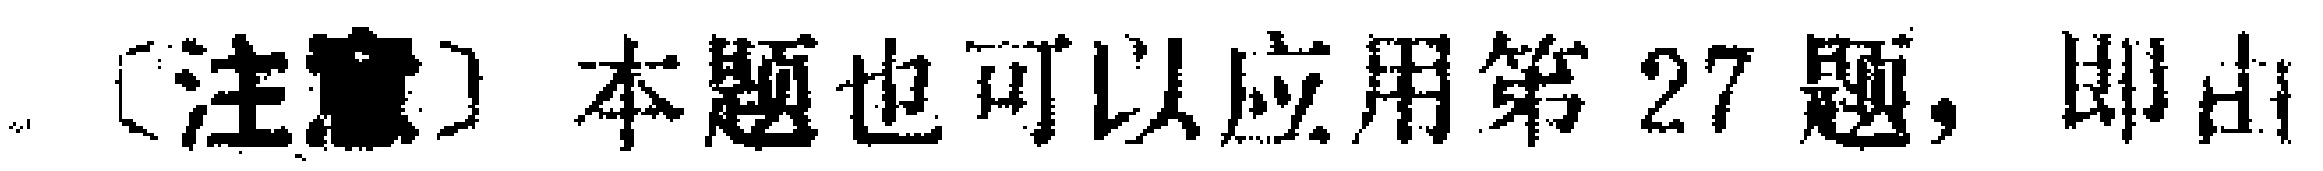
〔注意〕本题也可以应用第 27 题，即由